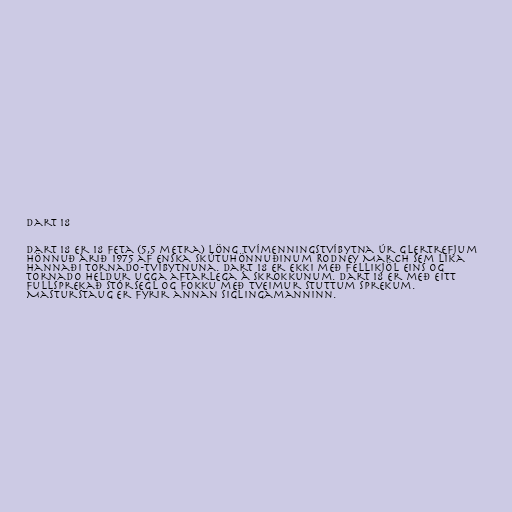
Dart 18

Dart 18 er 18 feta (5,5 metra) löng tvímenningstvíbytna úr glertrefjum
hönnuð árið 1975 af enska skútuhönnuðinum Rodney March sem líka
hannaði Tornado-tvíbytnuna. Dart 18 er ekki með fellikjöl eins og
Tornado heldur ugga aftarlega á skrokkunum. Dart 18 er með eitt
fullsprekað stórsegl og fokku með tveimur stuttum sprekum.
Masturstaug er fyrir annan siglingamanninn.